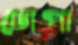
ঢোপা